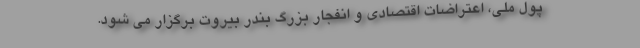
پول ملی، اعتراضات اقتصادی و انفجار بزرگ بندر بیروت برگزار می شود.